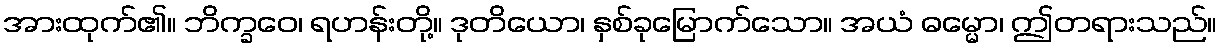
အားထုက်၏။ ဘိက္ခဝေ၊ ရဟန်းတို့။ ဒုတိယော၊ နှစ်ခုမြောက်သော။ အယံ ဓမ္မော၊ ဤတရားသည်။